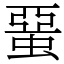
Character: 蝁